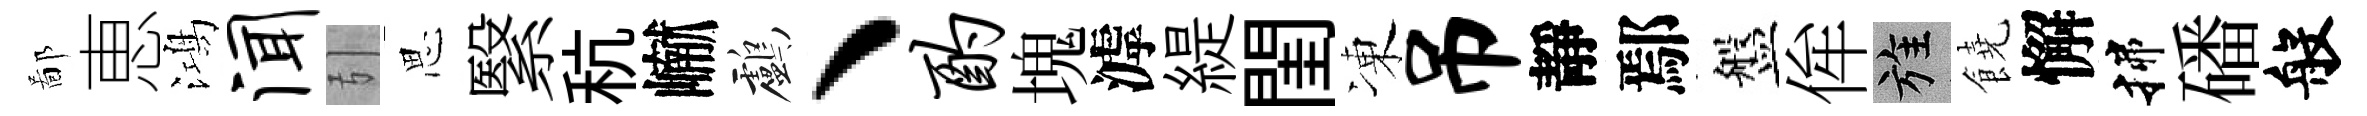
鄙恵鴻闻引思繄秔𪩘鸕、酌塊滹緹閨凍吊靜鄢盤侔旌饒懈揲磻般